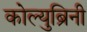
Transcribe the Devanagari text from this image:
कोल्युब्रिनी